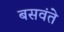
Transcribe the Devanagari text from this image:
बसवंते